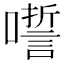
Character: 𡂉